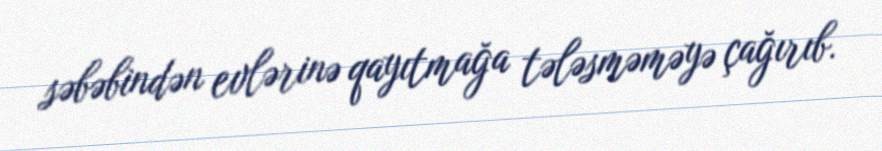
səbəbindən evlərinə qayıtmağa tələsməməyə çağırıb.